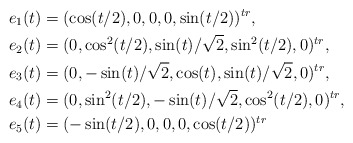
\begin{align*}&e_1(t)= (\cos(t/2), 0, 0, 0, \sin(t/2))^{tr},\\&e_2(t)= (0, \cos^2(t/2), \sin(t)/\sqrt{2},\sin^2(t/2), 0)^{tr},\\&e_3(t)= (0, -\sin(t)/\sqrt{2}, \cos(t), \sin(t)/\sqrt{2}, 0)^{tr},\\&e_4(t)= (0, \sin^2(t/2), -\sin(t)/\sqrt{2}, \cos^2(t/2), 0)^{tr},\\&e_5(t)= (-\sin(t/2), 0, 0, 0, \cos(t/2))^{tr}\end{align*}